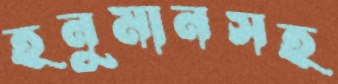
হনুমানসহ